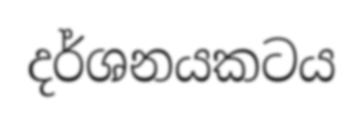
දර්ශනයකටය